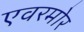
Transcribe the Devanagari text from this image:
एवरमोर